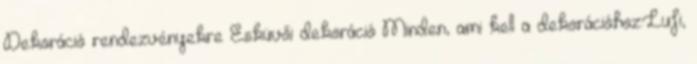
Dekoráció rendezvényekre Esküvői dekoráció Minden, ami kell a dekorációhoz:Lufi,